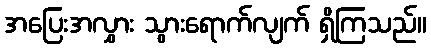
အပြေးအလွှား သွားရောက်လျက် ရှိကြသည်။